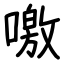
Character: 噭